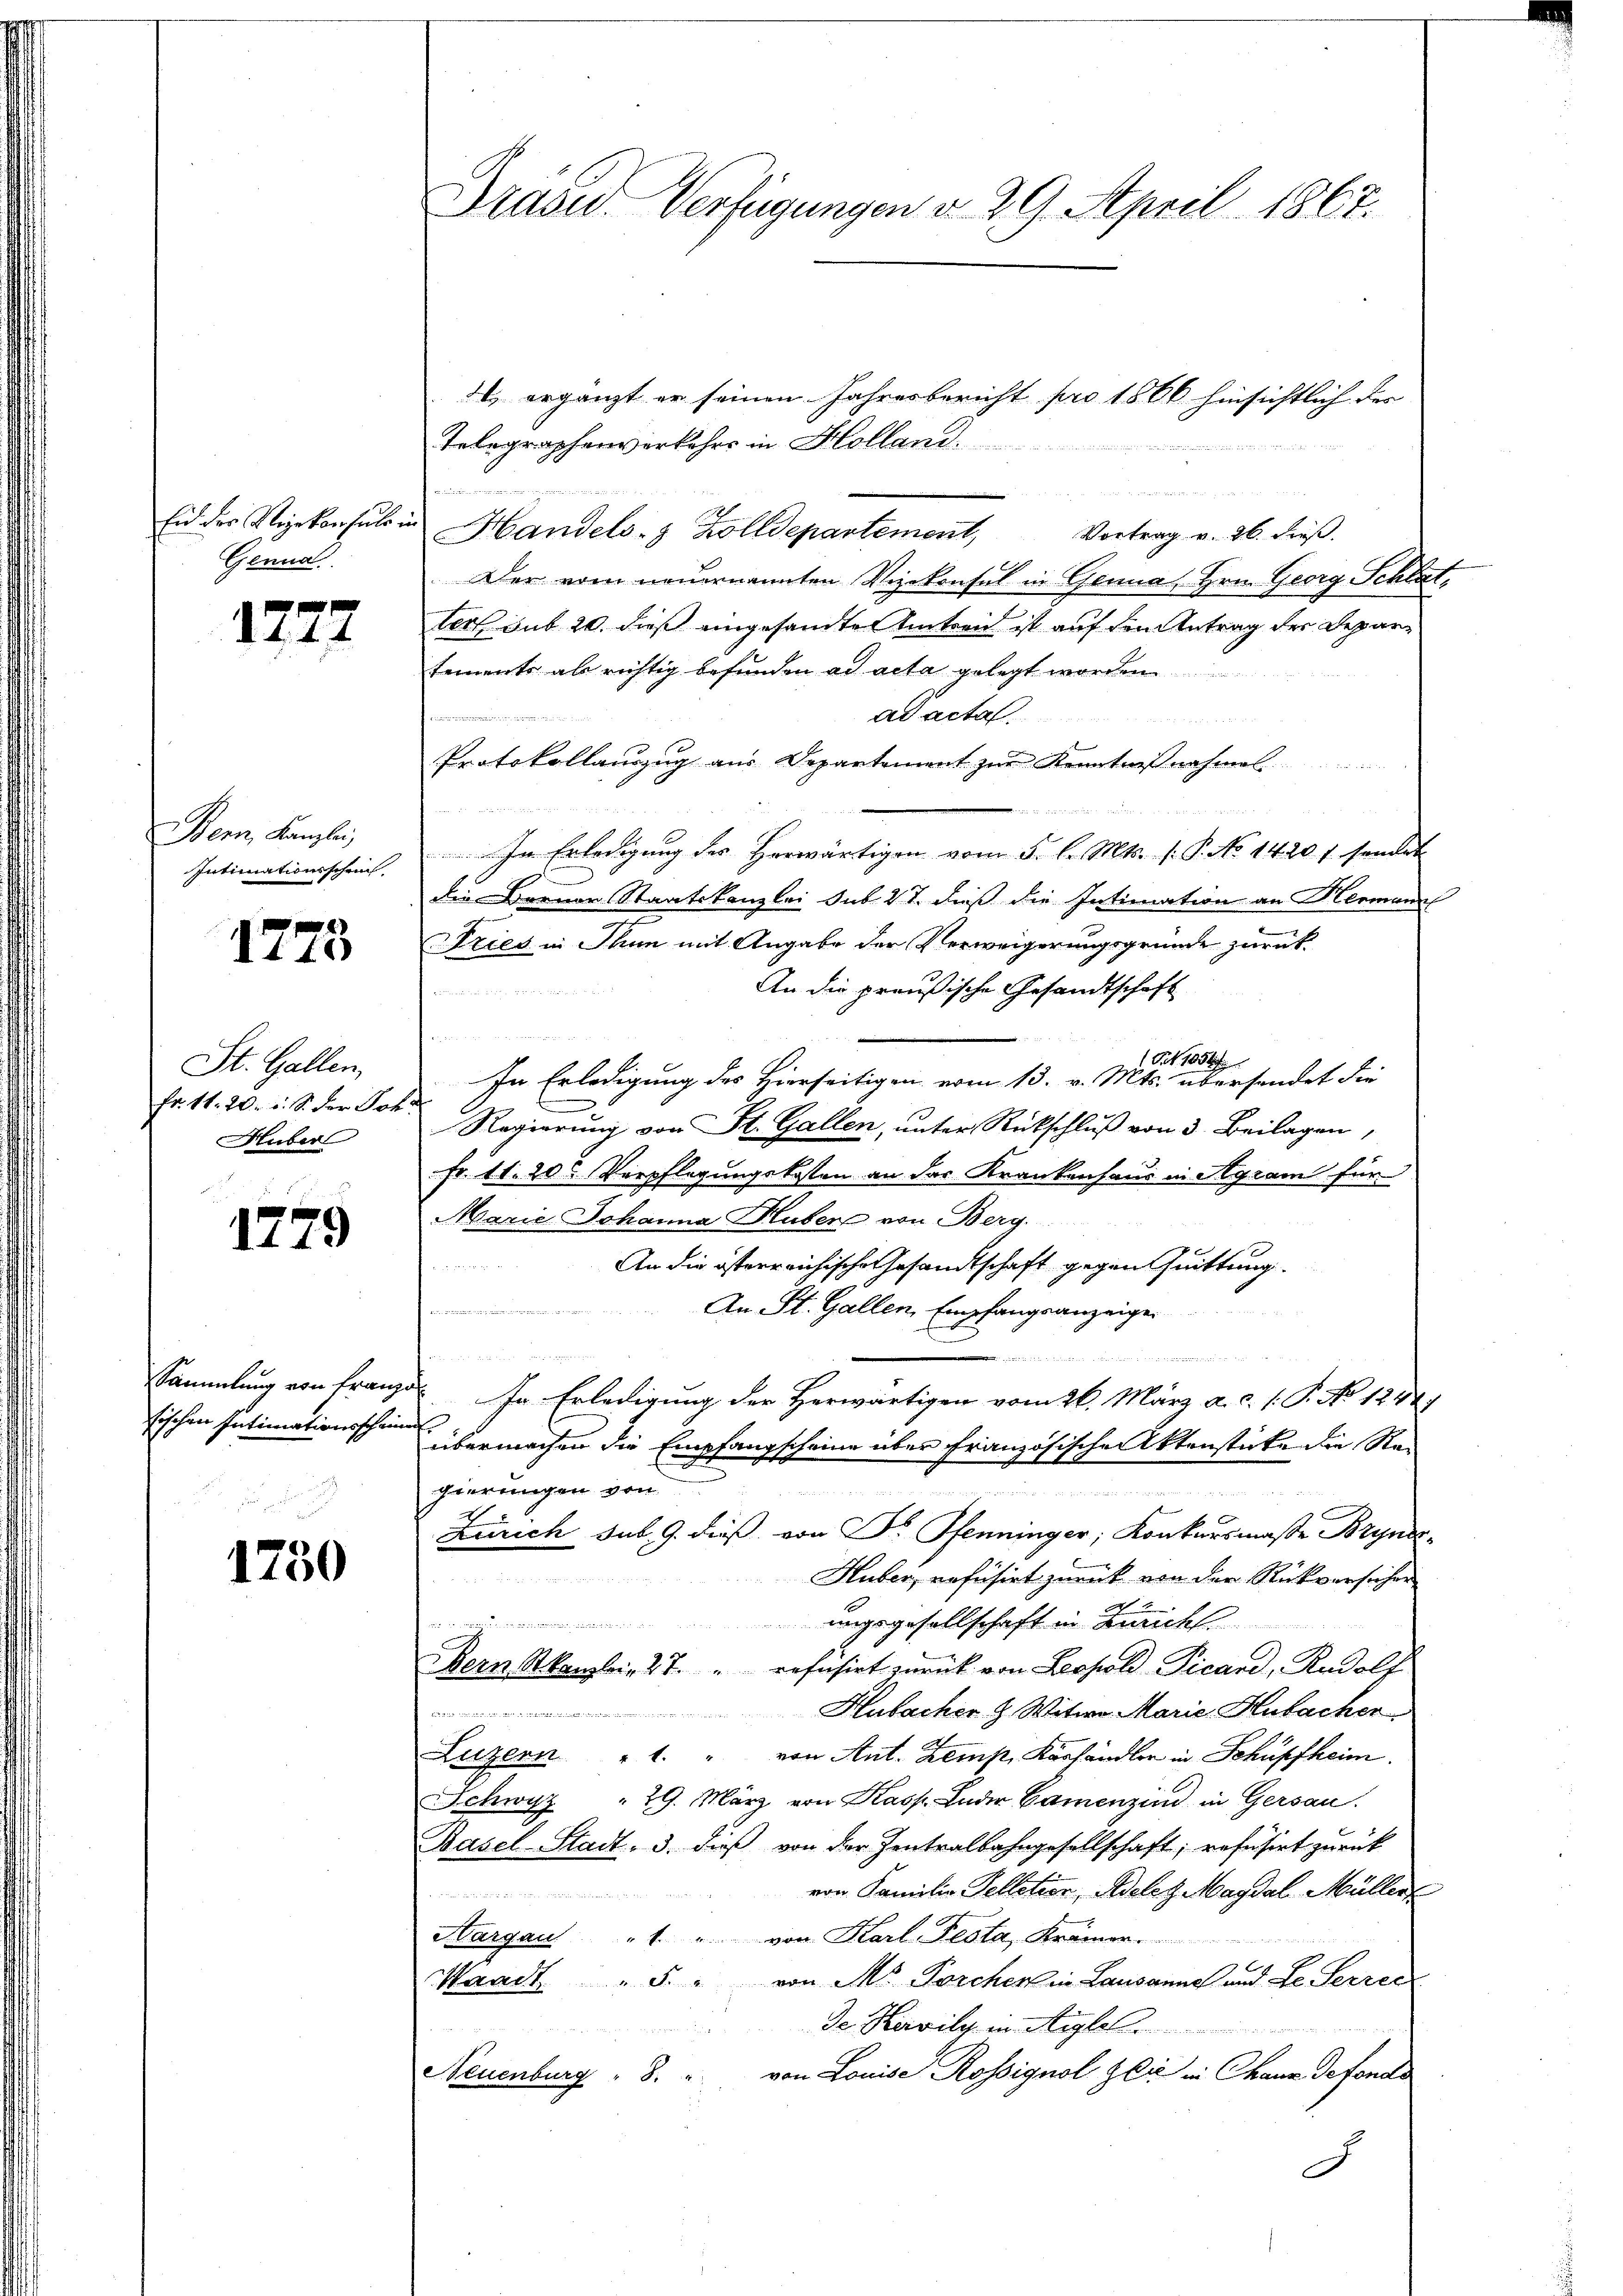
Eid des Vizekonsulen
Gennd.

1277

Bern Kanzlei,
Intimationsschrif

1775

St. Gallen,
fr. 11. 20. d. S. der Joh.
Huber

1279

Sammlung von Franz
sischen Intimationsscheine

1750

Drüse Verfügungen d. 29. April 1867.

ergänzt er seinen Jahresbericht pro 1866 hinsichtlich der
Telegraphenverkehrs in Holland

d
unden zu stehenden hat de
Handels- & Zolldepartement,
Vortrag v. 26. dieß.
Der vom neuernannten Vizekonsul in Genua, Hrn. Georg Schlatter sub 20. dieß eingesandte Untern ist auf den Antrag der Departements als richtig befunden ad acta gelegt worden
ad acta
Protokollauszug aus Departement zur Kenntnißnahmel

In Erledigung des Herwärtigen vom 5. l. Mts. (: P. No 1420 f. sendet
die Brenau Staatskanzlei sub 27. dieß die Intimation an Hermann
Tries in Thun mit Angabe der Verweigerungsgründe zurück
An die preußische Gesandtschaft
Tit. 1054
In Erledigung des Hierseitigen vom 13. v. Mts. übersendet die
Regierung von St. Gallen, unter Rückschluß von 3. Beilagen,
Fr. 11. 20. Verpflegungskosten an das Krankenhaus in Agram für
Marie, Johanna Huber von Berg.
An die österreichische Gesandtschaft gegen Quittung.
men. An St. Gallen, Empfangsanzeiger
 de den und an den sich ge

In Erledigung der Herwärtigen vom 26. März a. c. s. P. No 1244)
übermachen die Empfangscheine über französische Aktenstücke die Re-
gierungen von
Zürich sub. 9. dieß, von Dr. Pfenninger, Konkursmaße Bryner-
Huber, refüsirt zurück von der Rückversicher
ungsgesellschaft in Zürich.
 4. Fe
n
Bern Skanzlei, 27. " refüsirt zurück von Leopold Picand, Rudolf
Hubacher & Witwe Marie Hubacher
 und in
Luzern " " von Ant. Zemp Käshändler in Schüpfheim.
Schwyz " 29. März von Kasp. Ander Camenzind in Gersau
e
Basel-Stadt, 3. dieß von der Zentralbahngesellschaft; refüsirt zurück
von Familie Tellation, Adelet Magdal Müller

Aargau " " von Karl-Testa, Krämer.
e
7
L
Waadt " 5. " von M. Porcher in Lausanne und Le Serrec
Dr. Karvilz in Aigle
Neuenburg " 8. " von Louise Rossignol Zeit in Chaux defonds
J